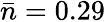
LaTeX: \bar{n}=0.29